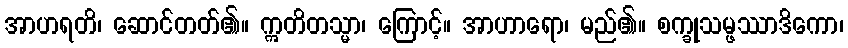
အာဟရတိ၊ ဆောင်တတ်၏။ ဣတိတသ္မာ၊ ကြောင့်။ အာဟာရော၊ မည်၏။ စက္ခုသမ္ဖဿာဒိကော၊